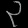
Digit: ၃